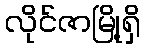
လိုင်ဇာမြို့ရှိ